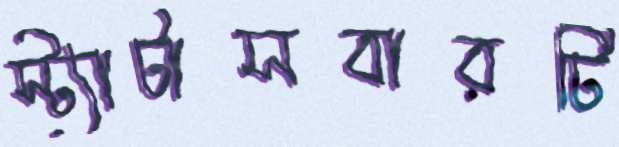
স্ট্যাটাসবারটি